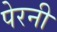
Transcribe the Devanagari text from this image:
पेरनी